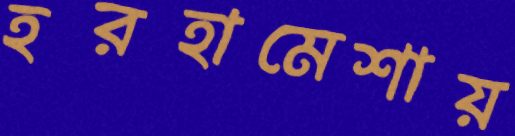
হরহামেশায়